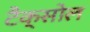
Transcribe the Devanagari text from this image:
टैक्सोल